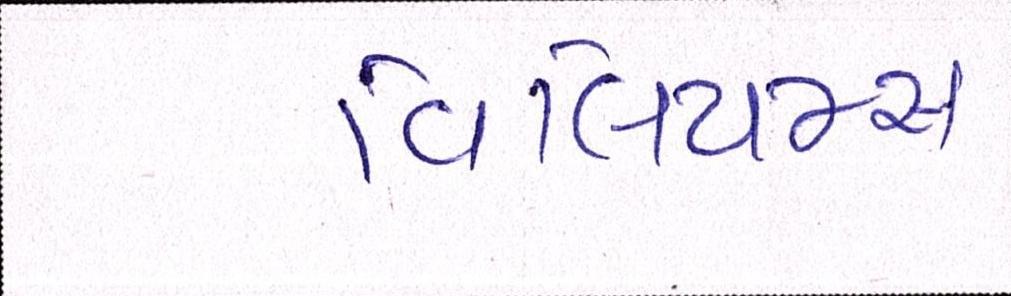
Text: વિલિયમ્સ